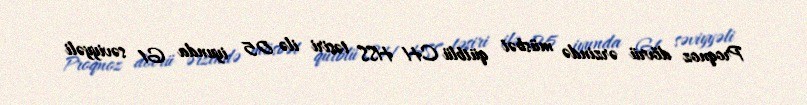
Proqnoz dövrü ərzində müsbət qütblü CH HSS təsiri ilə 05 iyunda G1 səviyyəli